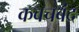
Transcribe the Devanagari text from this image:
कवचबंद